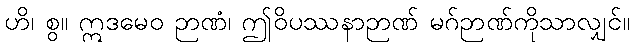
ဟိ၊ စွ။ ဣဒမေဝ ဉာဏံ၊ ဤဝိပဿနာဉာဏ် မဂ်ဉာဏ်ကိုသာလျှင်။